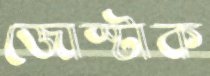
জোস্টাক